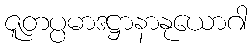
ဇူတပ္ပမာဒဋ္ဌာနာနုယောဂါ